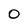
Character: 0